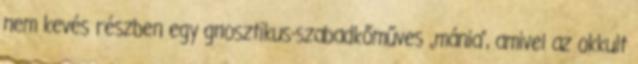
nem ke­vés részben egy gnosztikus-szabadkőműves „mánia”, ami­vel az okkult